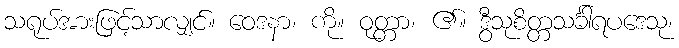
သရုပ်အားဖြင့်သာလျှင်။ ဝေဒနာ၊ ကို။ ဝုတ္တာ၊ ၏။ ဒွီသုစိတ္တသင်္ခါရပဒေသု၊